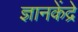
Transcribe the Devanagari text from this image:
ज्ञानकेंद्रे